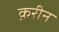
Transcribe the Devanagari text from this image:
क़रीन